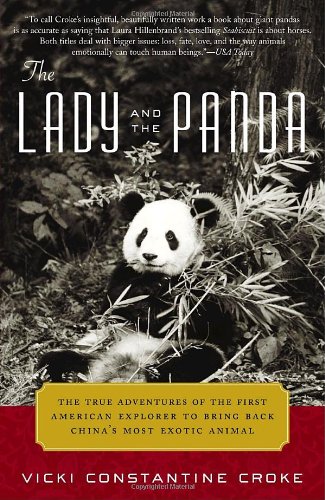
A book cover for The Lady and the Panda: The True Adventures of the First American Explorer to Bring Back China's Most Exotic Animal; Vicki Croke; Biographies & Memoirs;